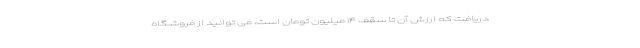
دریافت که ارزش آن تا سقف ۱۴ میلیون تومان است، می توانید از فروشگاه